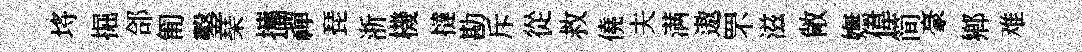
埓掘郃匍鑿琹攜禪琵浙機撻勘斥從救僥夫满遨罘滋敞嫵偉简豪鄕难